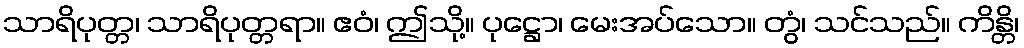
သာရိပုတ္တ၊ သာရိပုတ္တရာ။ ဧဝံ၊ ဤသို့။ ပုဋ္ဌော၊ မေးအပ်သော။ တွံ၊ သင်သည်။ ကိန္တိ၊